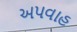
અપવાહ